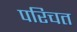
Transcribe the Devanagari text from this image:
परिचत